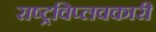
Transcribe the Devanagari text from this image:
राष्ट्रविप्लवकारी